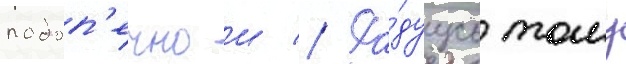
подоп'ечнои // Ра́дуусь тому